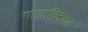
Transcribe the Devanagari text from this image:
गालाक्टिका